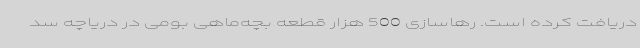
دریافت کرده است. رهاسازی 500 هزار قطعه بچه‌ماهی بومی در دریاچه سد